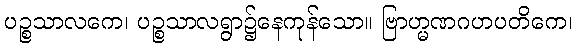
ပဉ္စသာလကေ၊ ပဉ္စသာလရွာ၌နေကုန်သော။ ဗြာဟ္မဏဂဟပတိကေ၊